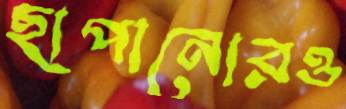
ছাপানোরও